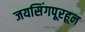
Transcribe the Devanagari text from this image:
जयसिंगपूरहून